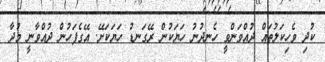
ކުދި ވެހިކަލުތައް ދުއްވަންވީ ހެނދުނު ހަޔަކުން ރޭގަނޑު ހަޔަކަށޭ. އޭގެފަހުން ދުއްވާނީ މުދާ